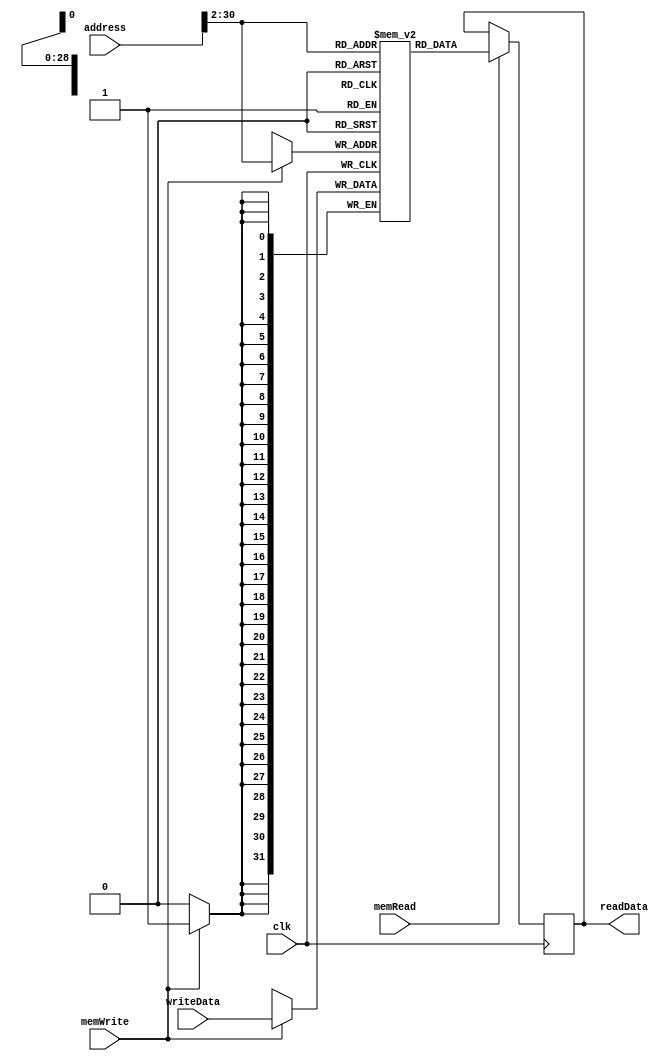
// Ryan Pencak
// dataMemory.v

/* dataMemory module: handles write and read data*/
module Data_Memory(clk, memWrite, memRead, address, writeData,
                  readData);

  /* declare inputs */
  input clk;
  input memWrite;
  input memRead;
  input [31:0] address;
  input [31:0] writeData;

  /* declare outputs */
  output reg [31:0] readData;

  /* declare registers */
  reg [31:0] memory[32'h7ffffffc>>2: (32'h7ffffffc>>2)-2048]; // define memory from stack pointer shift right 2 to 256 less than that to make room

  always @(posedge clk)
  begin
    #1
    if (memRead == 1)
    begin
      // $display($time, " Read out %08x", memory[address >> 2]);
      readData = memory[address >> 2]; // at read, set readData to memory at address shifted right 2
    end
  end

  always @(negedge clk)
  begin
    if(memWrite == 1) begin
      // $display($time, " MEM: Writing data %08x to address %08x", writeData, address);
      memory[address >> 2] = writeData; // at write, set memory at address shifted right 2 to writeData

  //     if(Byte_Warning == 0) begin
  //       mem[address[31:2]] = writeData;
  //
  //     end
  //
  //     if(Byte_Warning == 1) begin
  //       if(address[1] == 1) begin
  //         mem[address[31:2]] = ((writeData << 16) & 32'hFFFF0000) | ((mem[address[31:2]) & 32'h0000FFFF);
  //       end
  //       if(address[1] == 0) begin
  //         mem[address[31:2]] = ((writeData) & 32'h0000FFFF) | ((mem[address[31:2]) & 32'hFFFF0000);
  //       end
  //     end
  //
  //     if(Byte_Warning == 2) begin
  //       if(address[1:0] == 3)begin
  //         mem[address[31:2]] = ((writeData << 24) & 32'hFF000000) | ((mem[address[31:2]]) & 32'h00FFFFFF);
  //       end
  //       if(address[1:0] == 2) begin
  //         mem[address[31:2]] = ((writeData << 16) & 32'h00FF0000) | ((mem[address[31:2]]) & 32'hFF00FFFF);
  //       end
  //       if(address[1:0] == 1) begin
  //         mem[address[31:2]] = ((writeData << 8) & 32'h0000FF00) | ((mem[address[31:2]]) & 32'hFFFF00FF);
  //       end
  //       if(address[1:0] == 0) begin
  //         mem[address[31:2]] = ((writeData) & 32'h000000FF) | ((mem[address[31:2]]) & 32'hFFFFFF00);
  //       end
  //     end
  // end
  //
  //
  //
  //
  // always @(address) begin
  //   if (Byte_Warning == 0)begin
  //     readData = mem[address[31:2]];
  //   end
  //
  //   if (Byte_Warning == 1) begin
  //     if (address[1] == 1)
  //       readData = (mem[address[31:2]] & 32'hFFFF0000) >> 16;
  //     if (address[1] ==0)
  //       readData = (mem[address[31:2]] & 32'h0000FFFF);
  //   end
  //
  //   if (Byte_Warning ==2) begin
  //     if (address[1:0] == 3)
  //       readData = (mem[address[31:2]] & 32'hFF000000) >> 24;
  //     if (address[1:0] == 2)
  //       readData = (mem[address[31:2]] & 32'h00FF0000) >> 16;
  //     if (address[1:0] == 1)
  //       readData = (mem[address[31:2]] & 32'h0000FF00) >> 8;
  //     if (address[1:0] == 0)
  //       readData = (mem[address[31:2]] & 32'h000000FF);
  //   end
  //   else begin
  //     /////////////
    end

  end
endmodule